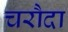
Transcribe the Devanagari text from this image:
चरौदा